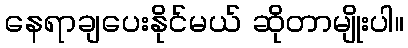
နေရာချပေးနိုင်မယ် ဆိုတာမျိုးပါ။